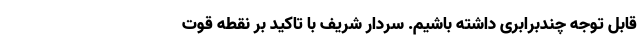
قابل توجه چندبرابری داشته باشیم. سردار شریف با تاکید بر نقطه قوت